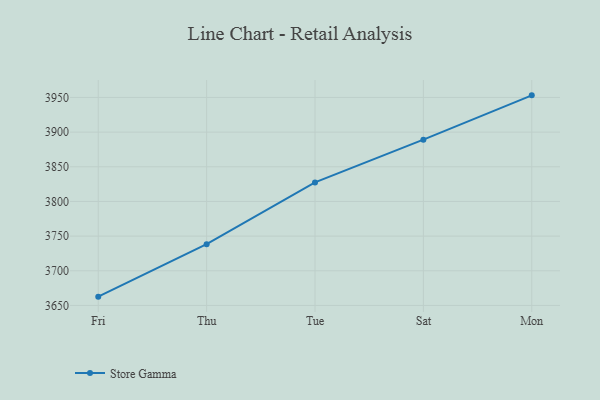
{"axis": {"x": "Day", "y": "Bounce Rate (%)"}, "legend": ["Store Gamma"], "data": [{"x": "Fri", "y": 3662.7, "type": "Store Gamma"}, {"x": "Thu", "y": 3738.4, "type": "Store Gamma"}, {"x": "Tue", "y": 3827.4, "type": "Store Gamma"}, {"x": "Sat", "y": 3889.1, "type": "Store Gamma"}, {"x": "Mon", "y": 3953.0, "type": "Store Gamma"}]}